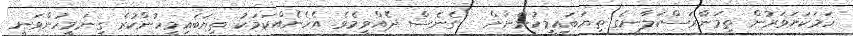
ހަމަކަށަވަރުން ތިމަންރަސްކަލާނގެ ތިޔަބައިމީހުންނަށް   ގެނެސް ދެއްވީމެވެ. އެހެނެއްކަމަކު ތިޔަބައިމީހުންކުރެ ގިނަމީހުންވަނީ